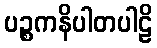
ပဉ္စကနိပါတပါဠိ